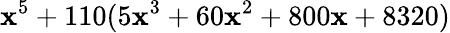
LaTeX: \mathbf{x}^{5}+110(5\mathbf{x}^{3}+60\mathbf{x}^{2}+800\mathbf{x}+8320)